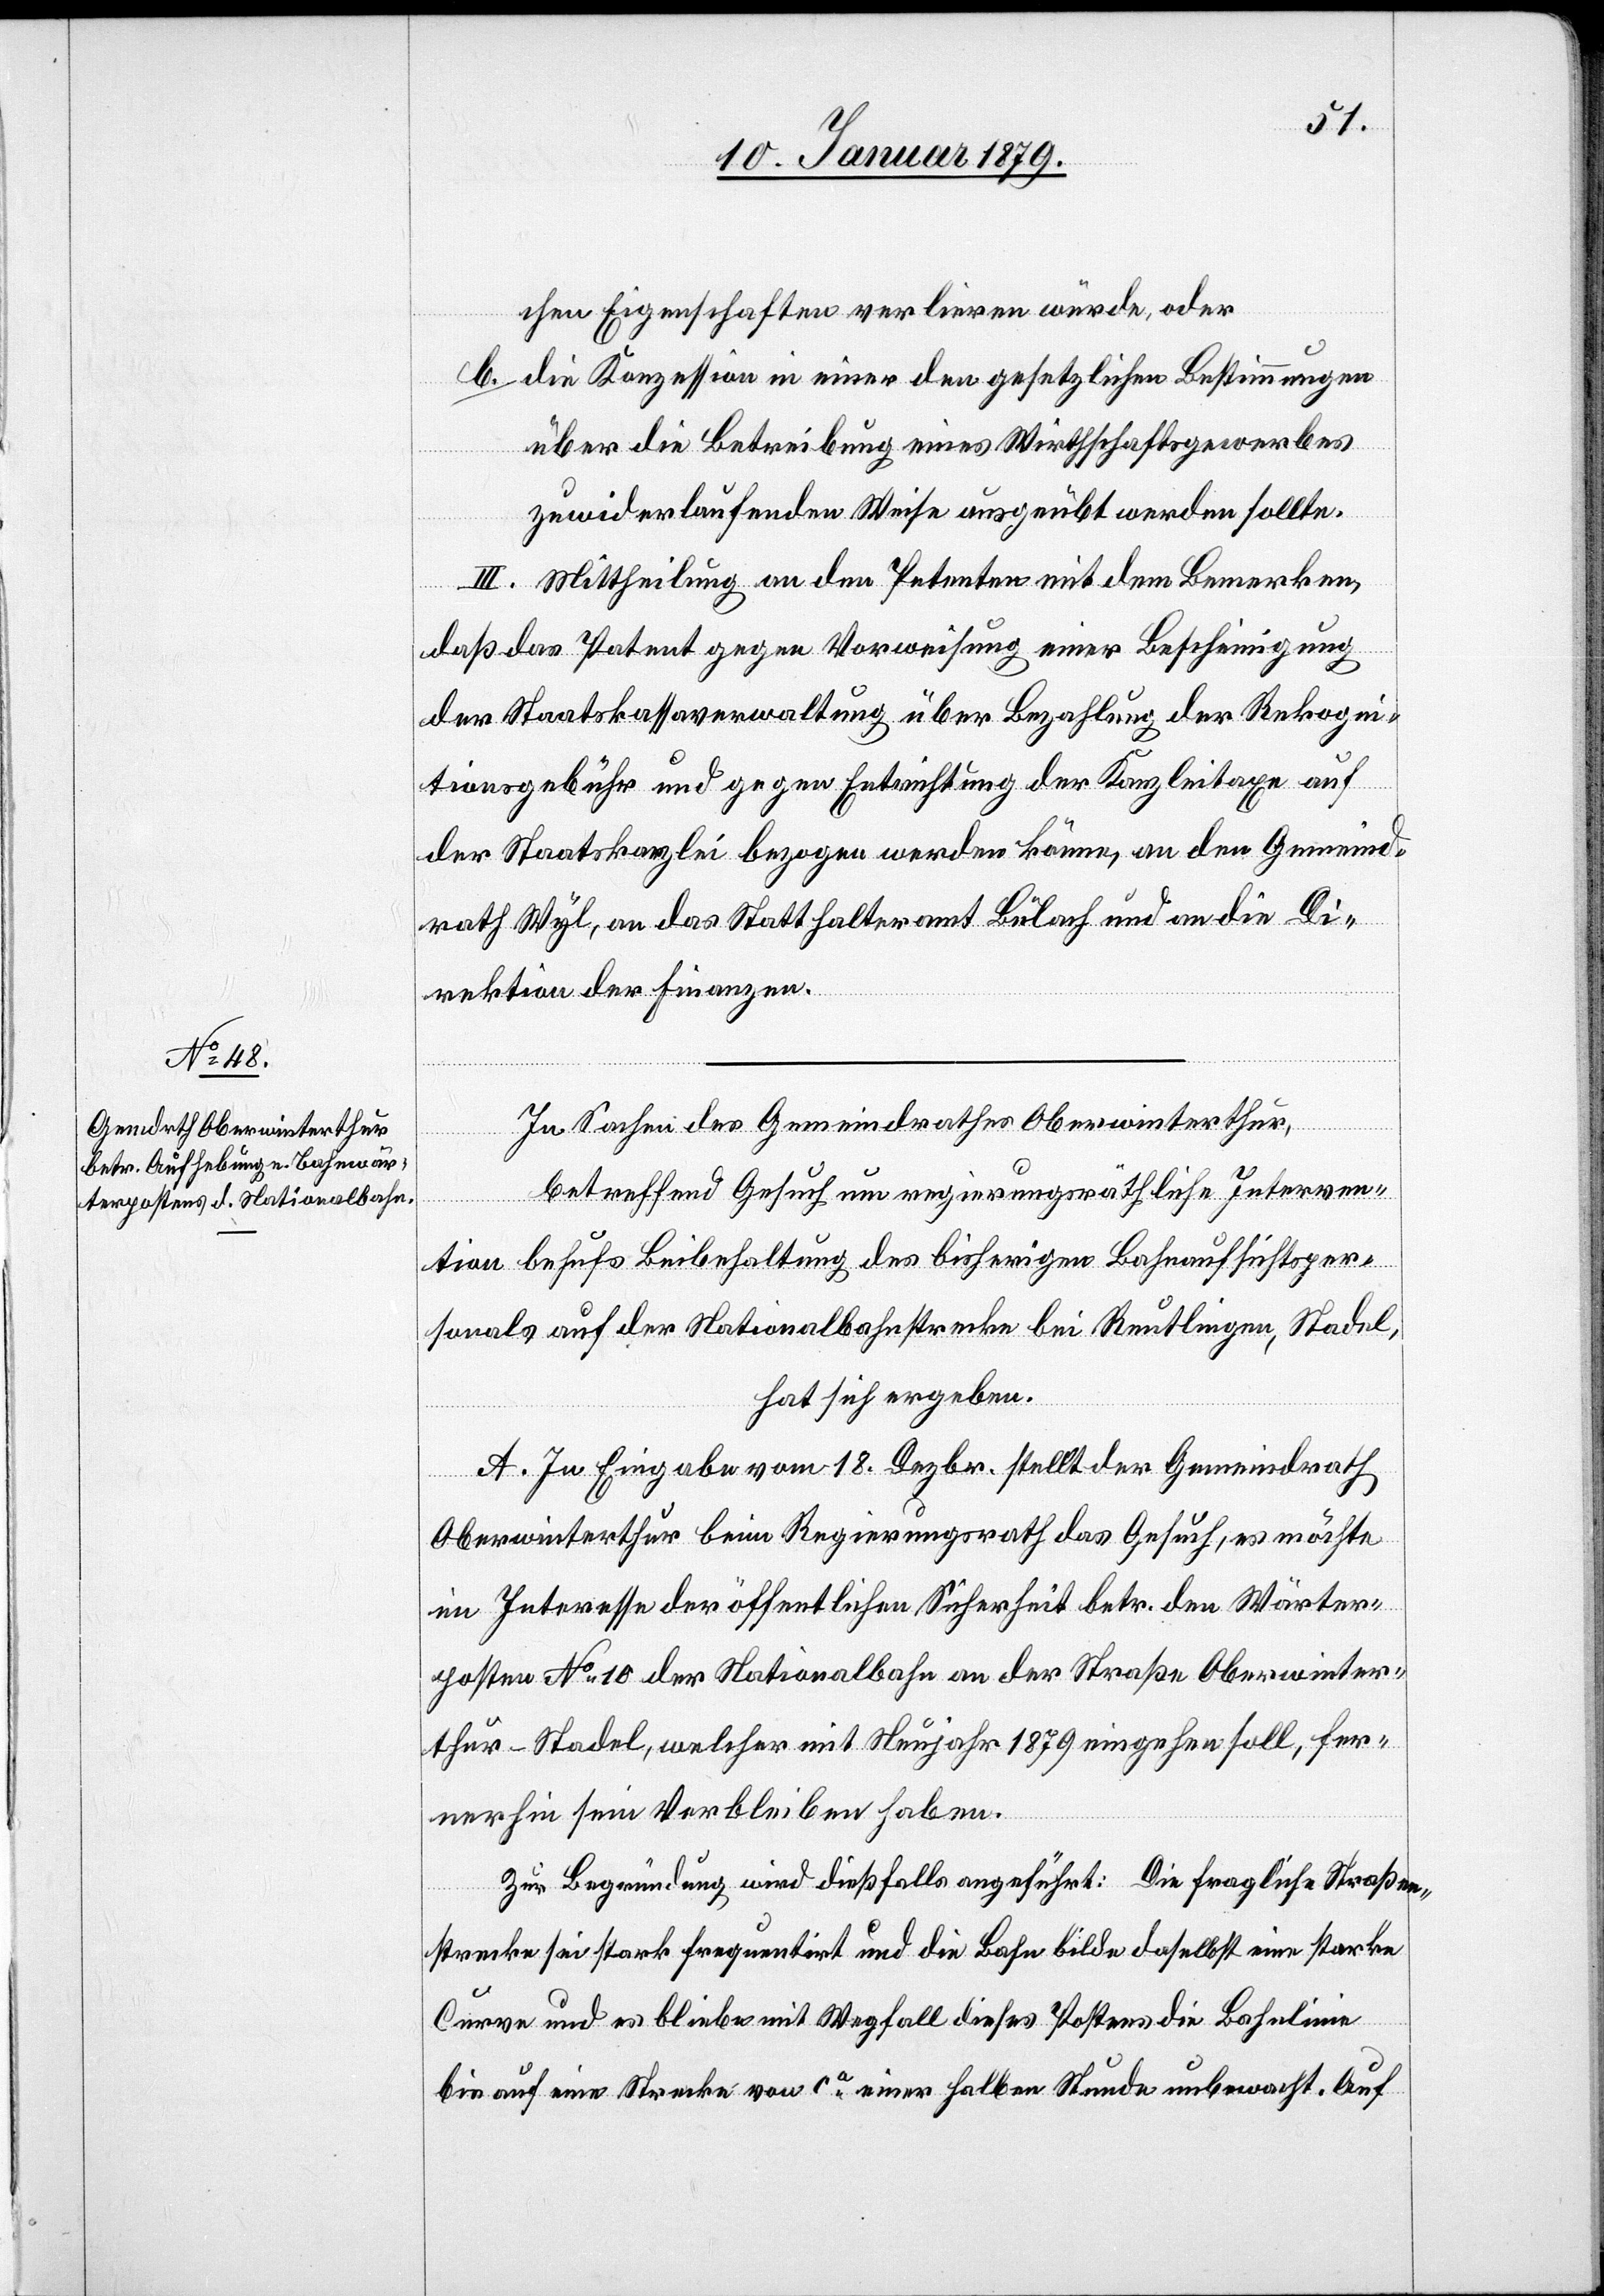
chen Eigenschaften verlieren würde, oder
b. die Konzession in einer den gesetzlichen Bestimmungen
über die Betreibung eines Wirthschaftsgewerbes
zuwiderlaufenden Weise ausgeübt werden sollte.
III. Mittheilung an den Petenten mit dem Bemerken,
daß das Patent gegen Vorweisung einer Bescheinigung
der Staatskassaverwaltung über Bezahlung der Rekogni¬
tionsgebühr und gegen Entrichtung der Kanzleitaxe auf
der Staatskanzlei bezogen werden könne, an den Gemeind¬
rath Wyl, an das Statthalteramt Bülach und an die Di¬
rektion der Finanzen.
In Sachen des Gemeindrathes Oberwinterthur,
betreffend Gesuch um regierungsräthliche Interven¬
tion behufs Beibehaltung des bisherigen Bahnaufsichtsper¬
sonals auf der Nationalbahnstrecke bei Reutlingen, Stadel,
hat sich ergeben:
A. In Eingabe vom 18. Dezbr. stellt der Gemeindrath
Oberwinterthur beim Regierungsrath das Gesuch, es möchte
im Interesse der öffentlichen Sicherheit betr. den Wärter¬
posten No 10 der Nationalbahn an der Straße Oberwinter¬
thur–Stadel, welcher mit Neujahr 1879 eingehen soll, fer¬
nerhin sein Verbleiben haben.
Zur Begründung wird dießfalls angeführt: Die fragliche Straßen¬
strecke sei stark frequentirt und die Bahn bilde daselbst eine starke
Curve und es bliebe mit Wegfall dieses Postens die Bahnlinie
bis auf eine Strecke von ca einer halben Stunde unbewacht. Auf